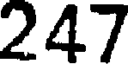
247